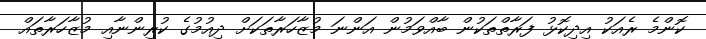
ކޮންމެ ރެއަކު އިދިކޮޅު ފަރާތްތަކުން ބާއްވަމުން އަންނަ މުޒާހަރާތަކަށް ދިއުމުގެ ކުރިންނާއި މުޒާހަރާތައް